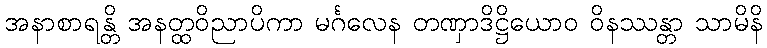
အနာစာရန္တိ အနတ္ထဝိညာပိကာ မင်္ဂလေန တဏှာဒိဋ္ဌိယောဝ ဝိနဿန္တာ သာမိနိ